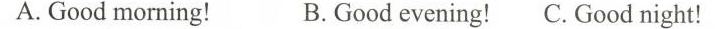
A. Good morning! B.Good evening! C. Good night!